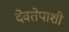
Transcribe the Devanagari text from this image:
देवतेपाशी